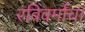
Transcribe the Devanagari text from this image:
रविवर्माचा